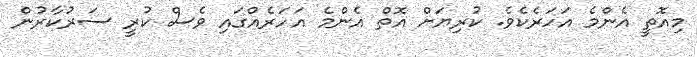
މިއޮތީ އެންމެ އަހަރެކެވެ. ކުރިޔަށް އޮތް އެންމެ އަހަރެއްގައި ވެސް ކުރީ ސަރުކާރުން